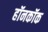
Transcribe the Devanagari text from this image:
हॉनकॉक